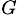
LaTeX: _G